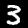
Digit: 3